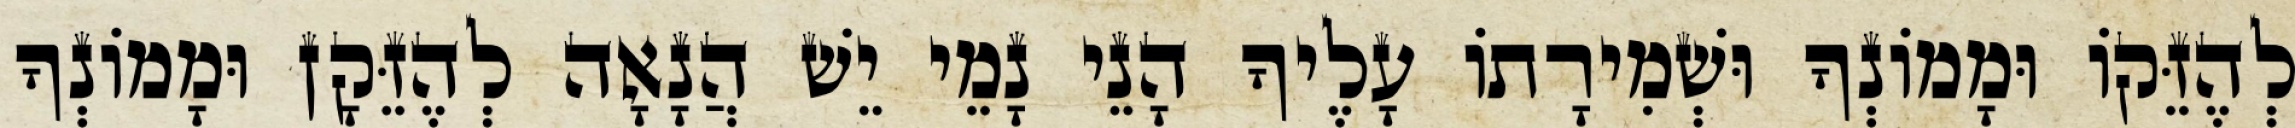
לְהֶזֵּקוֹ וּמָמוֹנְךָ וּשְׁמִירָתוֹ עָלֶיךָ הָנֵי נָמֵי יֵשׁ הֲנָאָה לְהֶזֵּקָן וּמָמוֹנְךָ